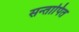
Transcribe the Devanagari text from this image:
सन्तापित